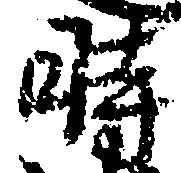
時